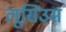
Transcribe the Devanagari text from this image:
लूसिउस